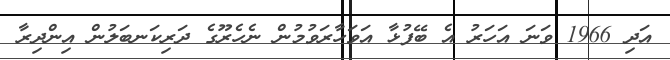
އަދި 1966 ވަނަ އަހަރު އެ ބޭފުޅާ އަވަހާރަވުމުން ނެހެރޫގެ ދަރިކަނބަލުން އިންދިރާ